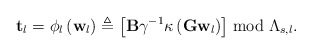
\begin{align*}\mathbf{t}_{l}=\phi_{l}\left(\mathbf{w}_{l}\right)\triangleq\left[\mathbf{B}\gamma^{-1}\kappa\left(\mathbf{G}\mathbf{w}_{l}\right)\right]\bmod\Lambda_{s,l}.\end{align*}